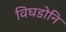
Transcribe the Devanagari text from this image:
विघडोनि